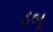
ડબૂ